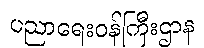
ပညာရေးဝန်ကြီးဌာန